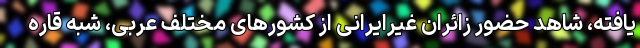
یافته، شاهد حضور زائران غیرایرانی از کشورهای مختلف عربی، شبه قاره